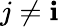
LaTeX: j\neq\mathbf{i}